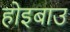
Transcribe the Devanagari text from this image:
होइबाउ